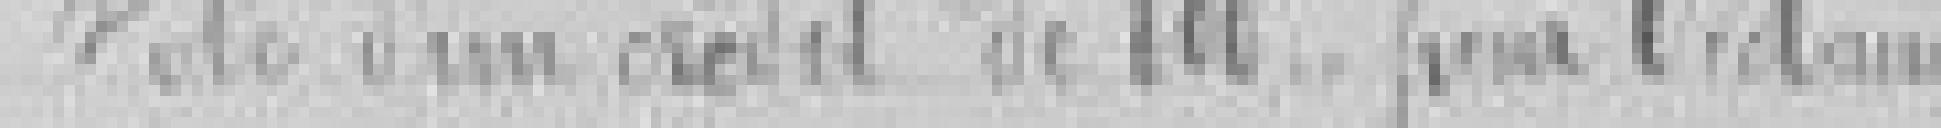
Vote d'un crédit de ?? pour l'échange